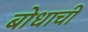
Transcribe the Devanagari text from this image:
बोधाची